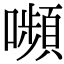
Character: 嚬